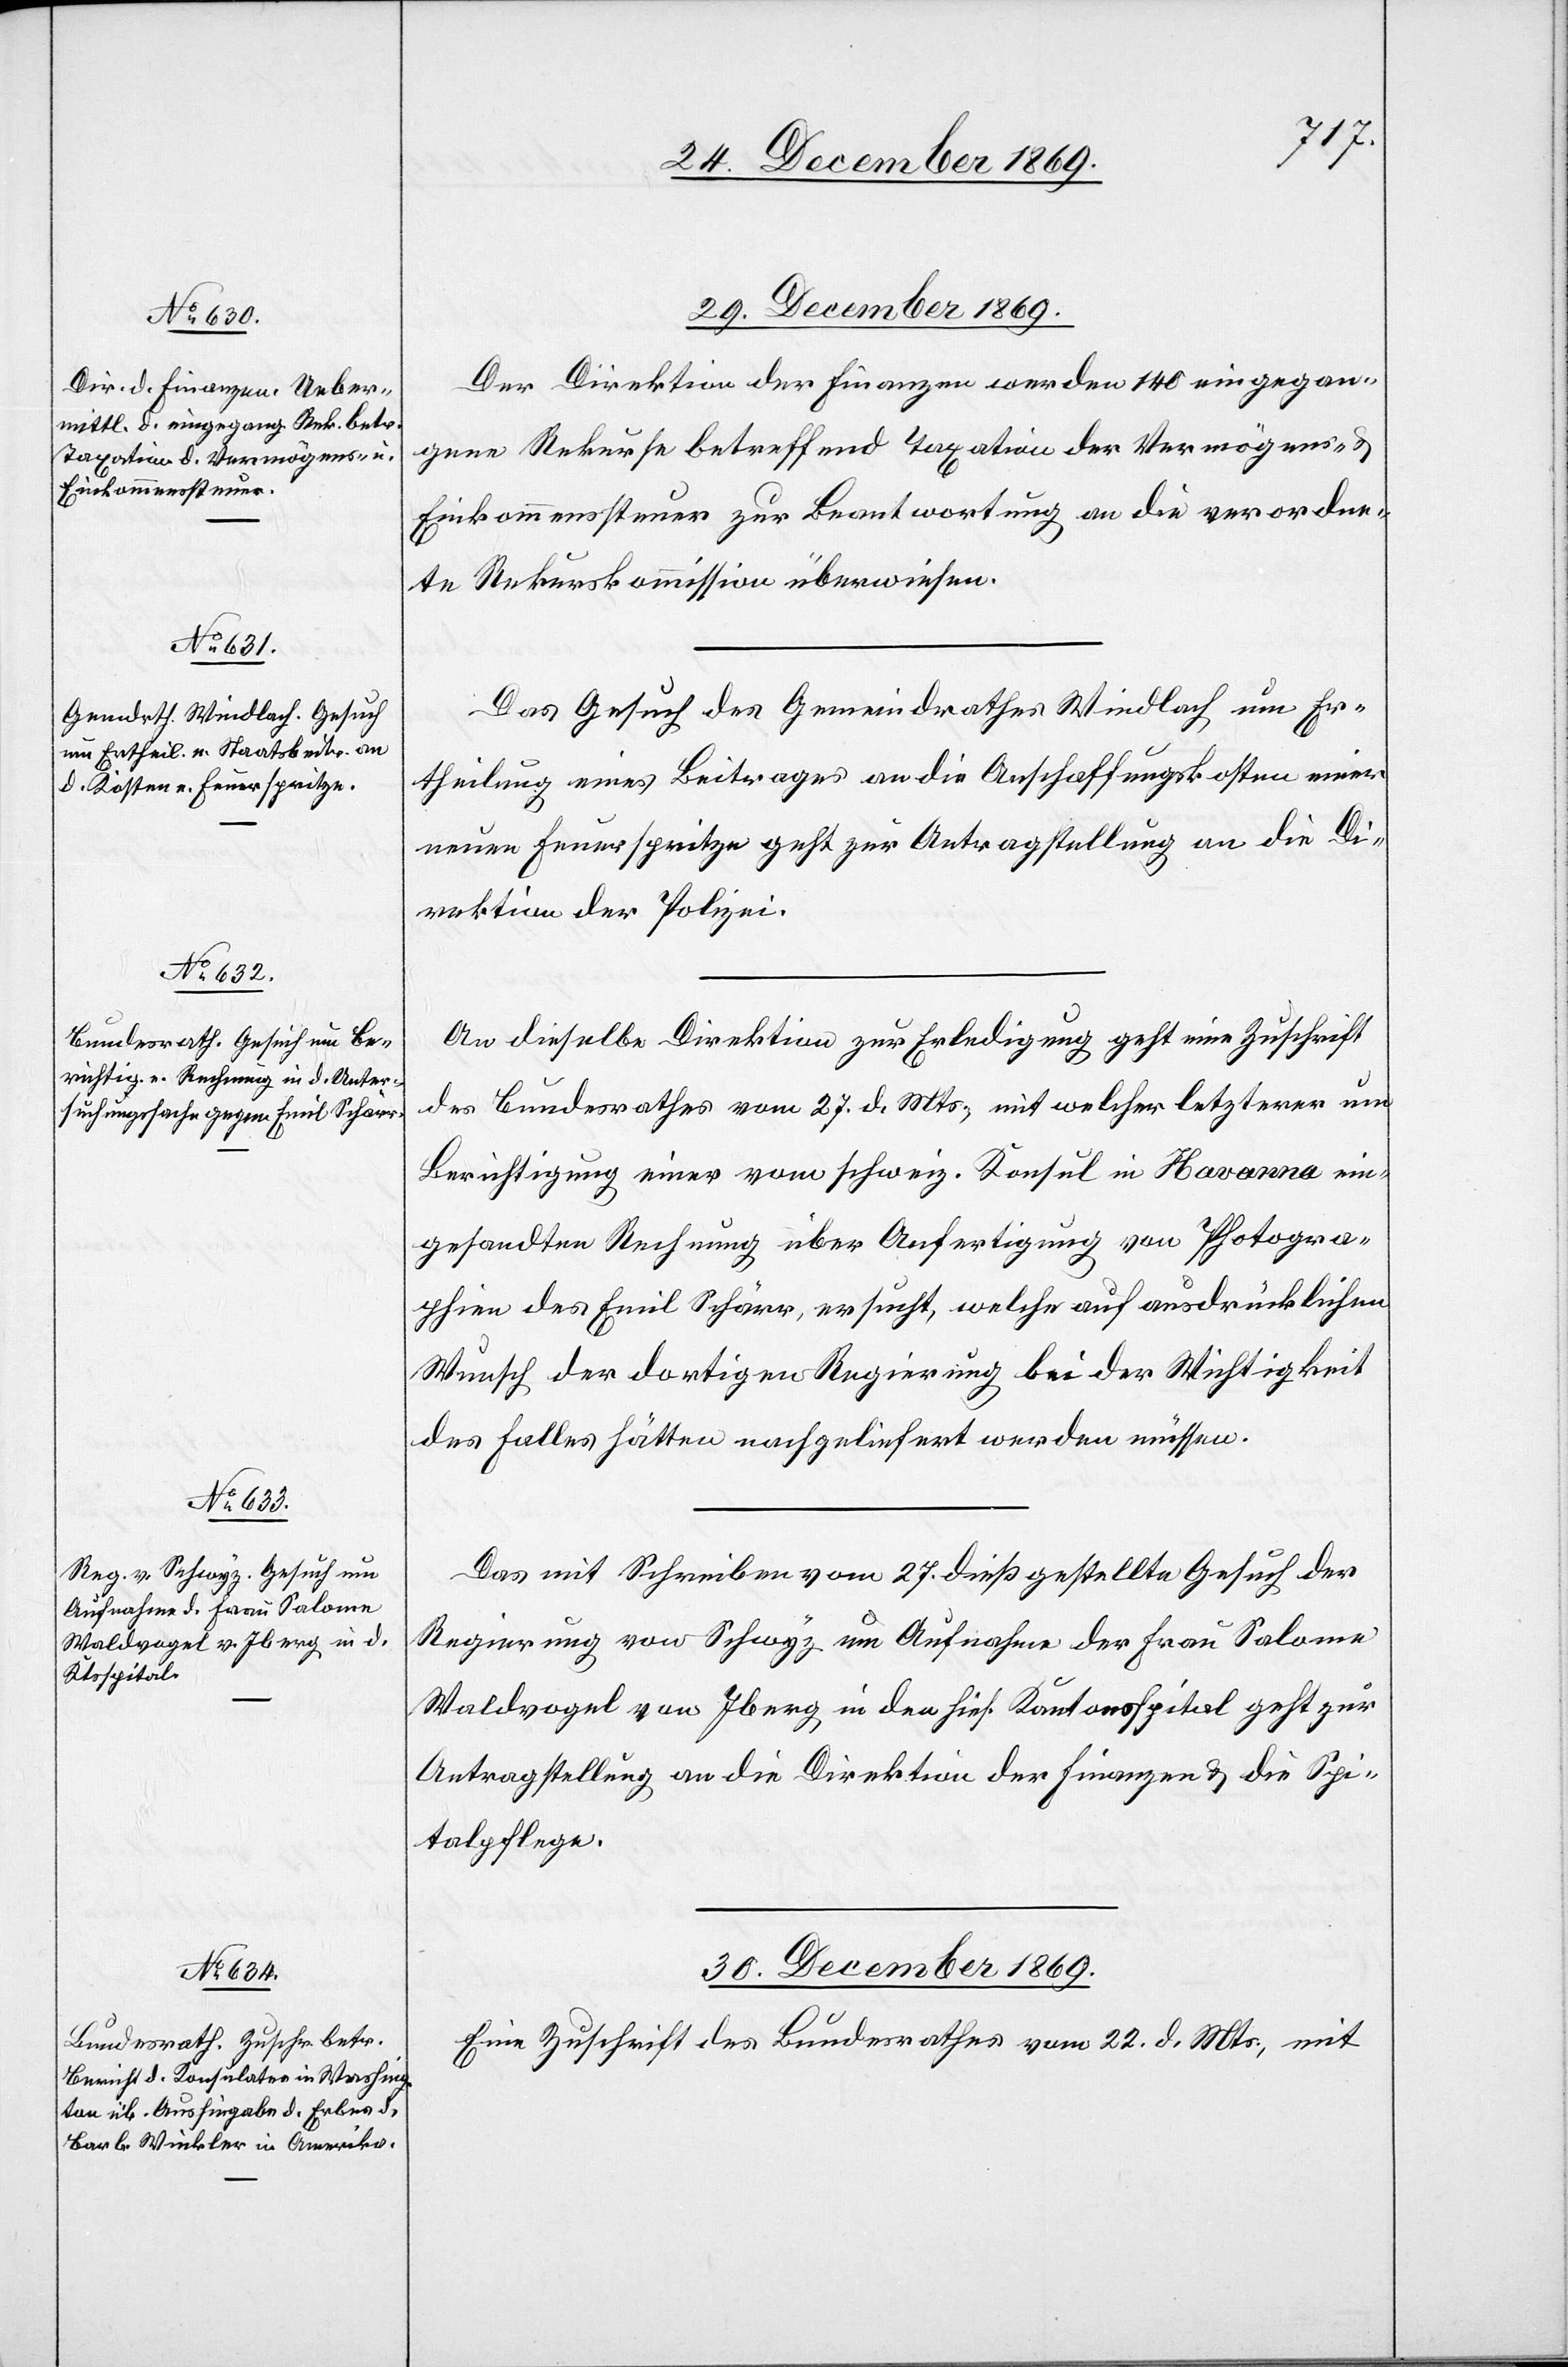
29. December 1869.]
Der Direktion der Finanzen werden 140 eingegan¬
gene Rekurse betreffend Taxation der Vermögens- &
Einkommenssteuer zur Beantwortung an die verordne¬
te Rekurskommission überwiesen.
Das Gesuch des Gemeindrathes Windlach um Er¬
theilung eines Beitrages an die Anschaffungskosten einer
neuen Feuerspritze geht zur Antragstellung an die Di¬
rektion der Polizei.
An dieselbe Direktion zur Erledigung geht eine Zuschrift
des Bundesrathes vom 27. d. Mts., mit welcher letzterer um
Berichtigung einer vom schweiz. Konsul in Havanna ein¬
gesandten Rechnung über Anfertigung von Photogra¬
phien des Emil Schärr, ersucht, welche auf ausdrücklichen
Wunsch der dortigen Regierung bei der Wichtigkeit
des Falles hätten nachgeliefert werden müssen.
Das mit Schreiben vom 27. dieß gestellte Gesuch der
Regierung von Schwyz um Aufnahme der Frau Salome
Waldvogel von Iberg in den hies. Kantonsspital geht zur
Antragstellung an die Direktion der Finanzen & die Spi¬
talpflege.
30. December 1869.
Eine Zuschrift
des Bundesrathes vom 22. d. Mts., mit